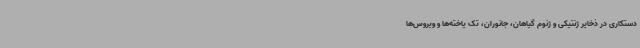
دستکاری در ذخایر ژنتیکی و ژنوم گیاهان، جانوران، تک یاخته‌ها و ویروس‌ها